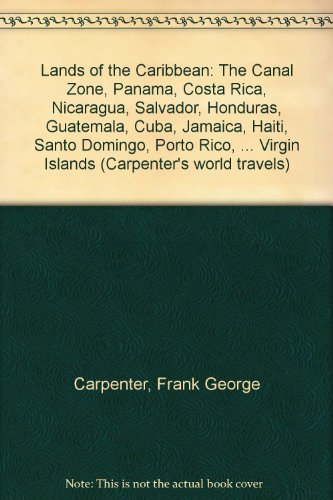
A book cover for Lands of the Caribbean: The Canal Zone, Panama, Costa Rica, Nicaragua, Salvador, Honduras, Guatemala, Cuba, Jamaica, Haiti, Santo Domingo, Porto Rico, ... Virgin Islands (Carpenter's world travels); Frank George Carpenter; Travel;